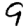
Digit: 9